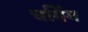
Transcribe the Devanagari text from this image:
चगिंग